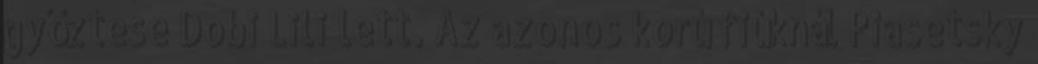
győztese Dobi Lili lett. Az azonos korú fiúknál Piasetsky